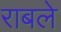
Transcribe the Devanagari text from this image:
राबले